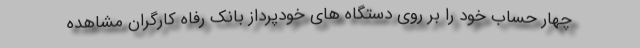
چهار حساب خود را بر روی دستگاه های خودپرداز بانک رفاه کارگران مشاهده